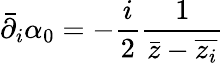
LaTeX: \bar{\partial}_{i}\alpha_{0}=-\frac{i}{2}\frac{1}{\bar{z}-\overline{{z_{i}}}}